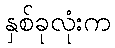
နှစ်ခုလုံးက